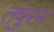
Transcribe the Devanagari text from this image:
तंपुरन